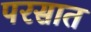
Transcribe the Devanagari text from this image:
परसात